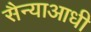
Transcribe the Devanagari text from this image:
सैन्याआधी